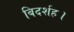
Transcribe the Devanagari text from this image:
बिदर्शह।